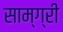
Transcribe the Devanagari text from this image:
साम्ग्री